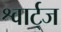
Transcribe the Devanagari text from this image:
श्वार्ट्‌ज